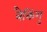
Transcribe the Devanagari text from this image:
बैकिंगु